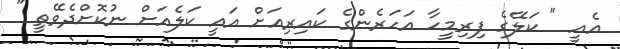
އެއީ " ކަލޭގެ ފިރިމީހާ އަހަރެންގެ ކައިރިއަށް އައީ ކަލެއަށް ނުކޮށްދެވޭތީ "